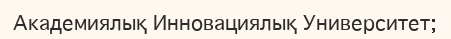
Академиялық Инновациялық Университет;